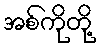
အစ်ကိုတို့